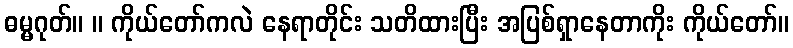
ဓမ္မဂုတ်။ ။ ကိုယ်တော်ကလဲ နေရာတိုင်း သတိထားပြီး အပြစ်ရှာနေတာကိုး ကိုယ်တော်။